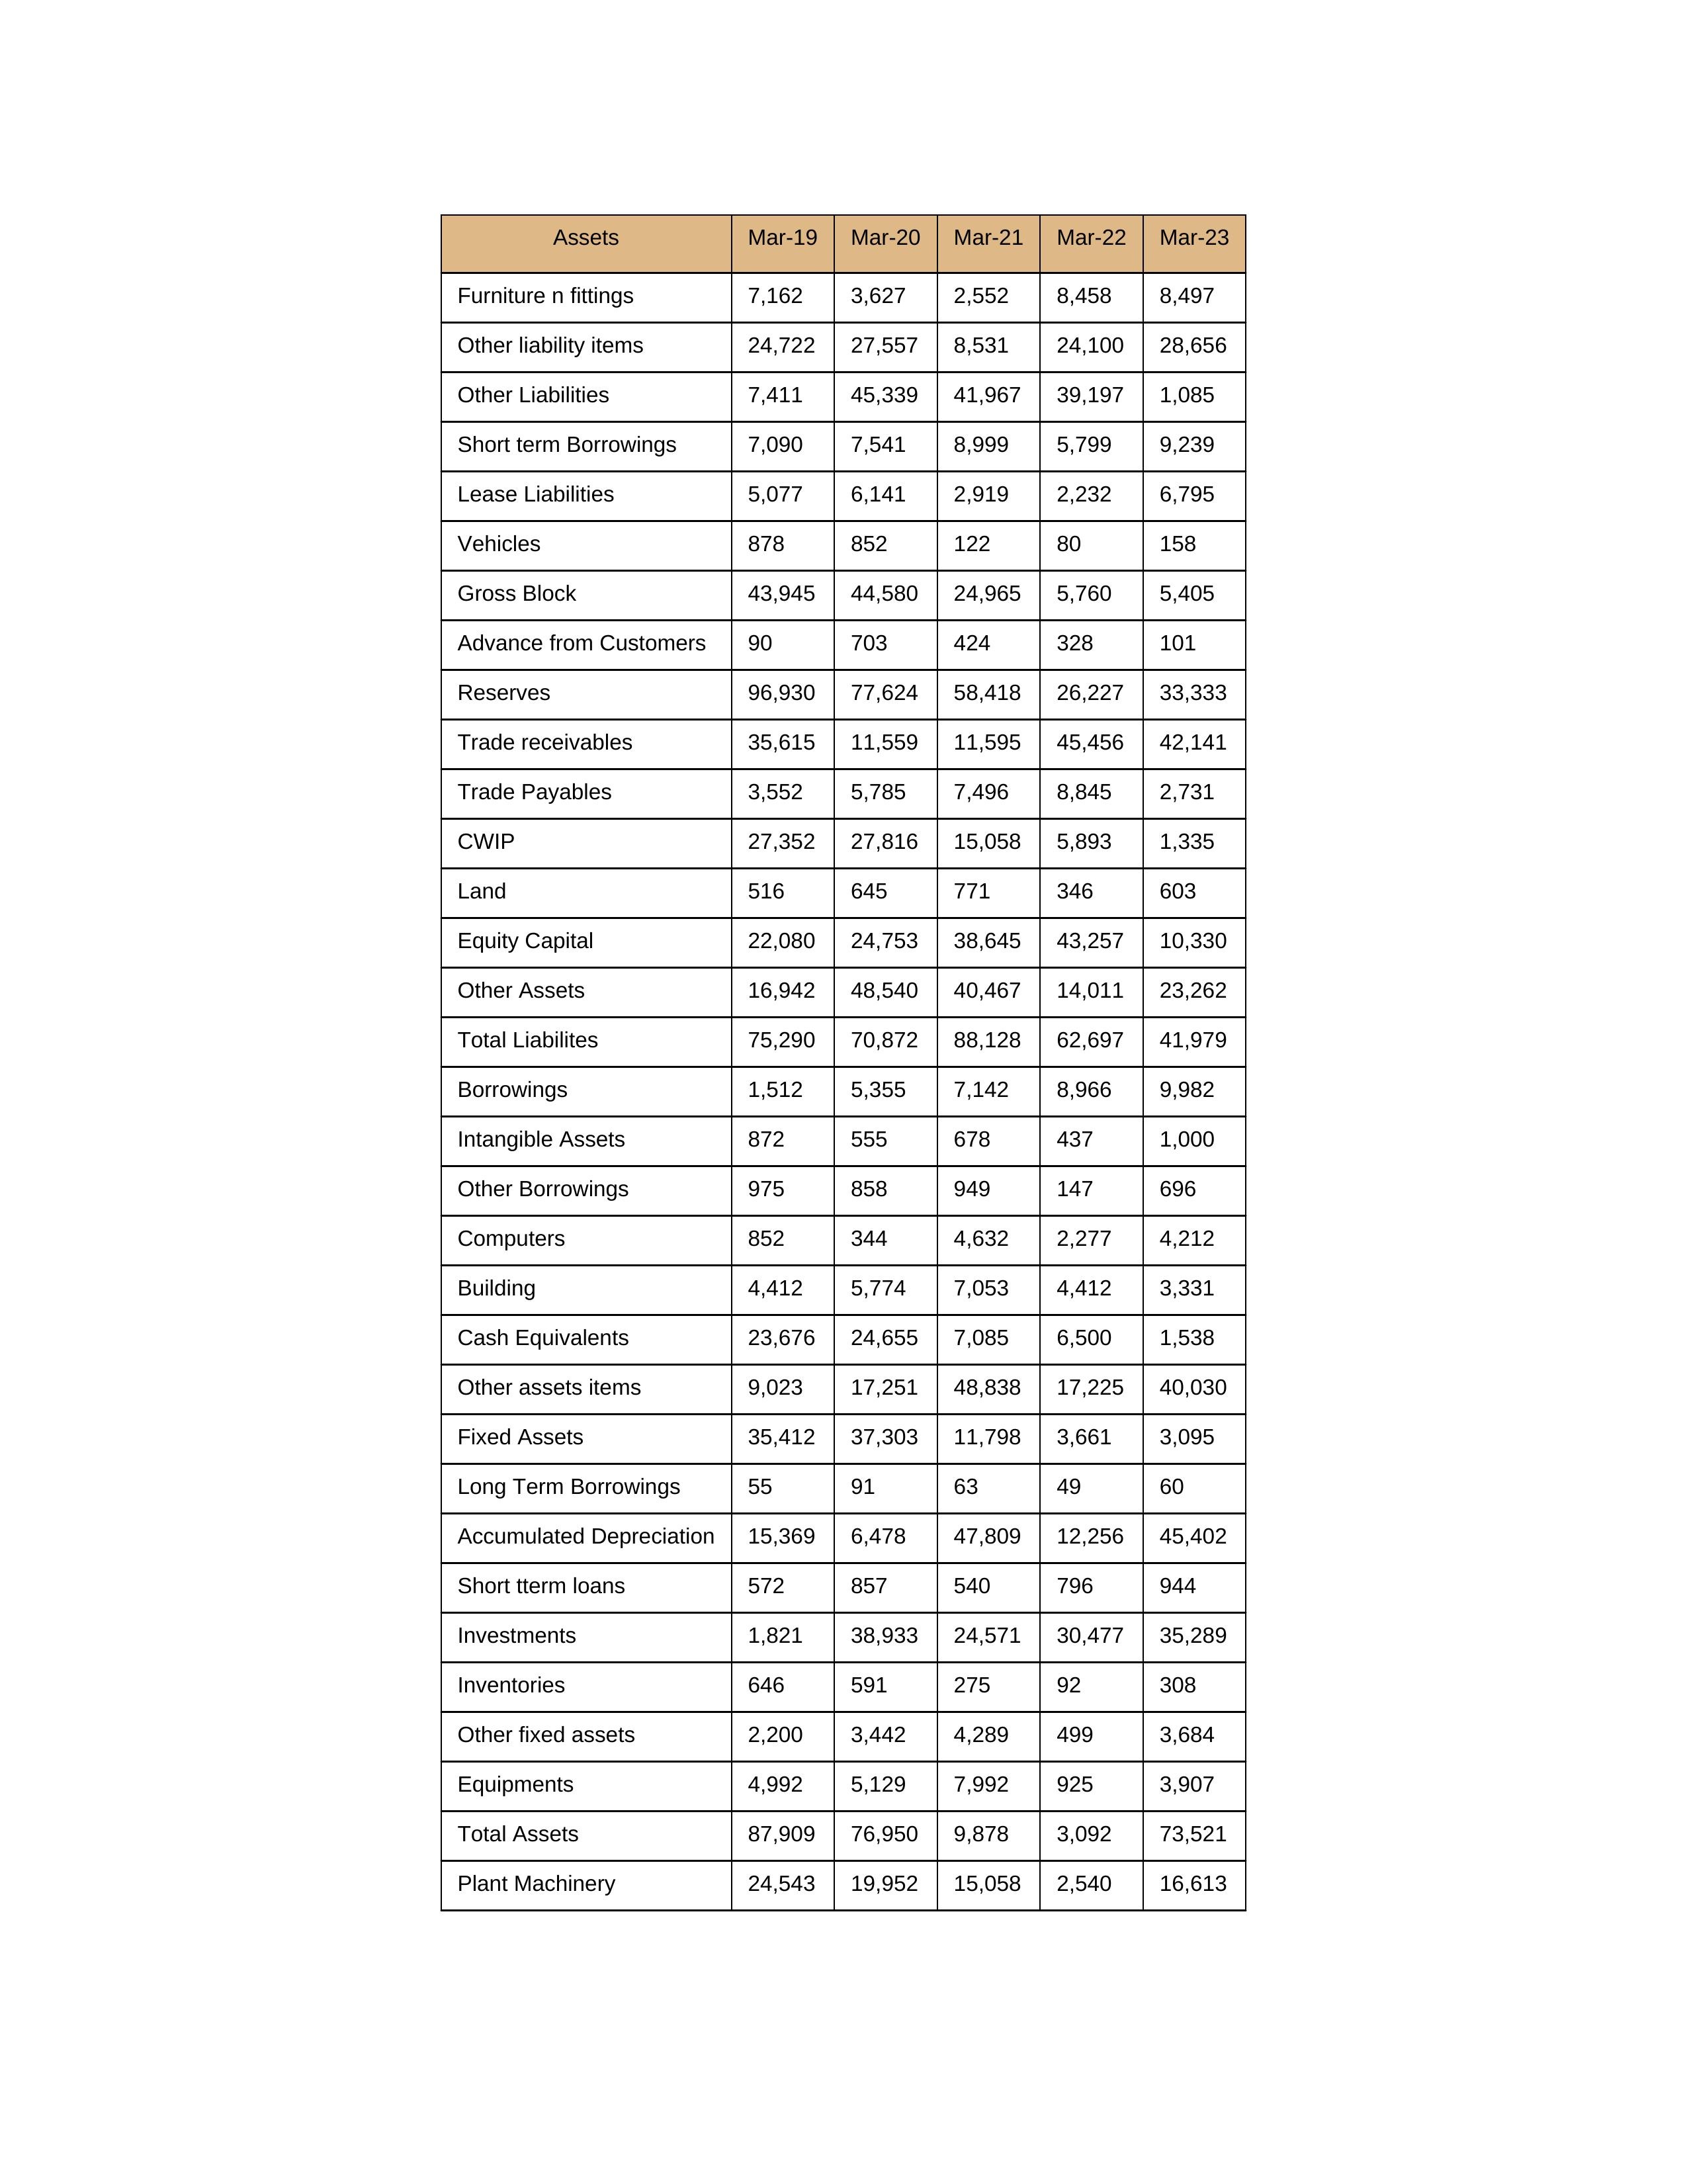
gt_parse: Mar-19: Equity Capital: 22,080
Reserves: 96,930
Borrowings: 1,512
Long Term Borrowings: 55
Short term Borrowings: 7,090
Lease Liabilities: 5,077
Other Borrowings: 975
Other Liabilities: 7,411
Trade Payables: 3,552
Advance from Customers: 90
Other liability items: 24,722
Total Liabilites: 75,290
Fixed Assets: 35,412
Land: 516
Building: 4,412
Plant Machinery: 24,543
Equipments: 4,992
Computers: 852
Furniture n fittings: 7,162
Vehicles: 878
Intangible Assets: 872
Other fixed assets: 2,200
Gross Block: 43,945
Accumulated Depreciation: 15,369
CWIP: 27,352
Investments: 1,821
Other Assets: 16,942
Inventories: 646
Trade receivables: 35,615
Cash Equivalents: 23,676
Short tterm loans: 572
Other assets items: 9,023
Total Assets: 87,909
Mar-20: Equity Capital: 24,753
Reserves: 77,624
Borrowings: 5,355
Long Term Borrowings: 91
Short term Borrowings: 7,541
Lease Liabilities: 6,141
Other Borrowings: 858
Other Liabilities: 45,339
Trade Payables: 5,785
Advance from Customers: 703
Other liability items: 27,557
Total Liabilites: 70,872
Fixed Assets: 37,303
Land: 645
Building: 5,774
Plant Machinery: 19,952
Equipments: 5,129
Computers: 344
Furniture n fittings: 3,627
Vehicles: 852
Intangible Assets: 555
Other fixed assets: 3,442
Gross Block: 44,580
Accumulated Depreciation: 6,478
CWIP: 27,816
Investments: 38,933
Other Assets: 48,540
Inventories: 591
Trade receivables: 11,559
Cash Equivalents: 24,655
Short tterm loans: 857
Other assets items: 17,251
Total Assets: 76,950
Mar-21: Equity Capital: 38,645
Reserves: 58,418
Borrowings: 7,142
Long Term Borrowings: 63
Short term Borrowings: 8,999
Lease Liabilities: 2,919
Other Borrowings: 949
Other Liabilities: 41,967
Trade Payables: 7,496
Advance from Customers: 424
Other liability items: 8,531
Total Liabilites: 88,128
Fixed Assets: 11,798
Land: 771
Building: 7,053
Plant Machinery: 15,058
Equipments: 7,992
Computers: 4,632
Furniture n fittings: 2,552
Vehicles: 122
Intangible Assets: 678
Other fixed assets: 4,289
Gross Block: 24,965
Accumulated Depreciation: 47,809
CWIP: 15,058
Investments: 24,571
Other Assets: 40,467
Inventories: 275
Trade receivables: 11,595
Cash Equivalents: 7,085
Short tterm loans: 540
Other assets items: 48,838
Total Assets: 9,878
Mar-22: Equity Capital: 43,257
Reserves: 26,227
Borrowings: 8,966
Long Term Borrowings: 49
Short term Borrowings: 5,799
Lease Liabilities: 2,232
Other Borrowings: 147
Other Liabilities: 39,197
Trade Payables: 8,845
Advance from Customers: 328
Other liability items: 24,100
Total Liabilites: 62,697
Fixed Assets: 3,661
Land: 346
Building: 4,412
Plant Machinery: 2,540
Equipments: 925
Computers: 2,277
Furniture n fittings: 8,458
Vehicles: 80
Intangible Assets: 437
Other fixed assets: 499
Gross Block: 5,760
Accumulated Depreciation: 12,256
CWIP: 5,893
Investments: 30,477
Other Assets: 14,011
Inventories: 92
Trade receivables: 45,456
Cash Equivalents: 6,500
Short tterm loans: 796
Other assets items: 17,225
Total Assets: 3,092
Mar-23: Equity Capital: 10,330
Reserves: 33,333
Borrowings: 9,982
Long Term Borrowings: 60
Short term Borrowings: 9,239
Lease Liabilities: 6,795
Other Borrowings: 696
Other Liabilities: 1,085
Trade Payables: 2,731
Advance from Customers: 101
Other liability items: 28,656
Total Liabilites: 41,979
Fixed Assets: 3,095
Land: 603
Building: 3,331
Plant Machinery: 16,613
Equipments: 3,907
Computers: 4,212
Furniture n fittings: 8,497
Vehicles: 158
Intangible Assets: 1,000
Other fixed assets: 3,684
Gross Block: 5,405
Accumulated Depreciation: 45,402
CWIP: 1,335
Investments: 35,289
Other Assets: 23,262
Inventories: 308
Trade receivables: 42,141
Cash Equivalents: 1,538
Short tterm loans: 944
Other assets items: 40,030
Total Assets: 73,521